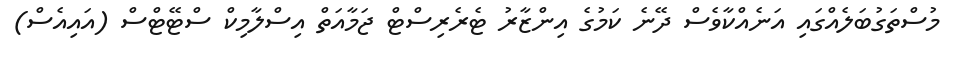
މުސްތަގުބަލެއްގައި އަނެއްކާވެސް ދޭނެ ކަމުގެ އިންޒާރު ޓެރެރިސްޓް ޖަމާއަތް އިސްލާމިކް ސްޓޭޓްސް (އައިއެސް)